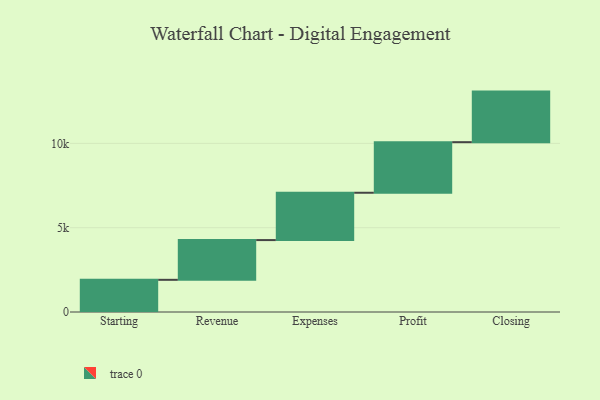
{"axis": {"x": "Step", "y": "Value"}, "legend": [""], "data": [{"x": "Starting", "y": 1909.0, "type": ""}, {"x": "Revenue", "y": 2357.0, "type": ""}, {"x": "Expenses", "y": 2808.0, "type": ""}, {"x": "Profit", "y": 3000, "type": ""}, {"x": "Closing", "y": 3000, "type": ""}]}